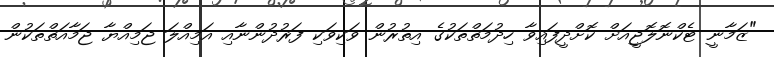
"ޒަމާނީ ޓެކްނޮލޮޖީއަށް ކޮށްދީފައިވާ ހިދުމަތްތަކުގެ އިތުރުން ވަކިވަކި ފަރުދުންނާއި އަމިއްލަ ޖަމިއްޔާ ޖަމާއަތްތަކުން